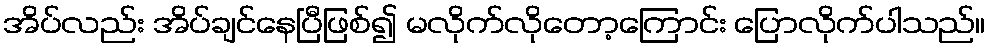
အိပ်လည်း အိပ်ချင်နေပြီဖြစ်၍ မလိုက်လိုတော့ကြောင်း ပြောလိုက်ပါသည်။